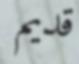
قديم